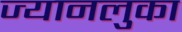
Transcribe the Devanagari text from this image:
ज्यानलुका